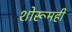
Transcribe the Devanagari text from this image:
शोरूमही